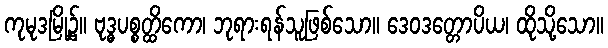
ကုမုဒမြို့၌။ ဗုဒ္ဓပစ္စတ္ထိကော၊ ဘုရားရန်သူဖြစ်သော။ ဒေဝဒတ္တောပိယ၊ ထိုသို့သော။